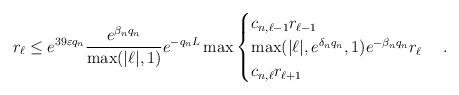
LaTeX: \begin{align*}r_{\ell} \leq e^{39\varepsilon q_n} \frac{e^{\beta_n q_n}}{\max(|\ell|,1)} e^{-q_n L} \max\begin{cases}c_{n,\ell-1} r_{\ell-1}\\\max(|\ell|, e^{\delta_n q_n}, 1) e^{-\beta_n q_n} r_{\ell}\\c_{n,\ell} r_{\ell+1}\end{cases}.\end{align*}